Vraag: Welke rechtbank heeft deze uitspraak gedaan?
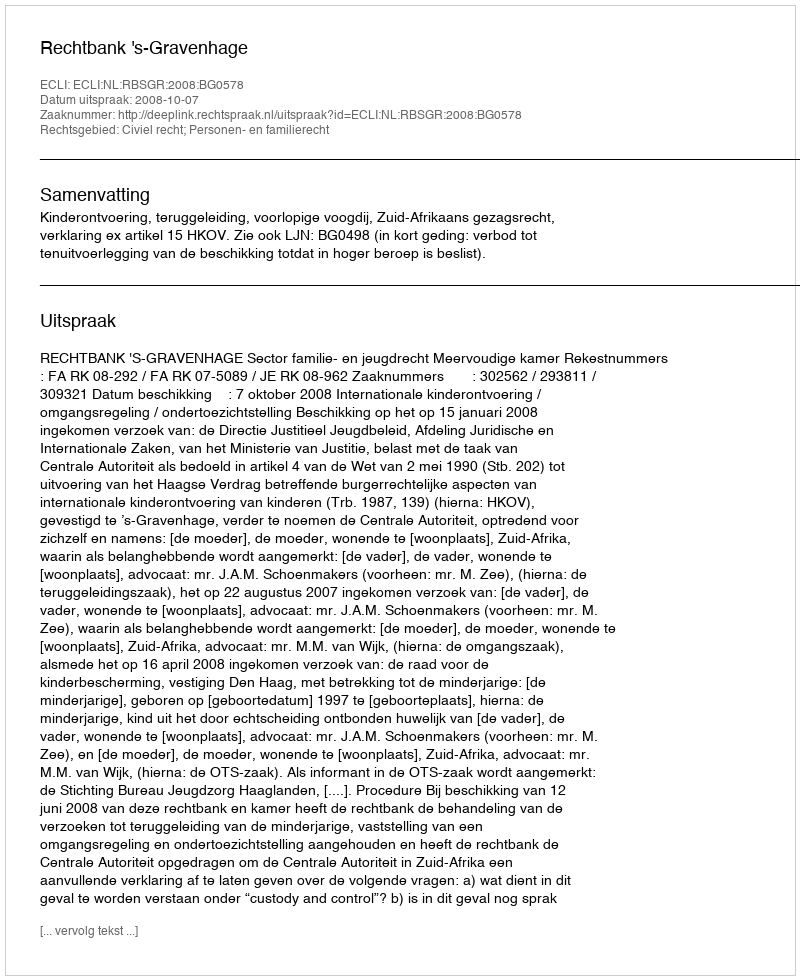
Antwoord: Rechtbank 's-Gravenhage